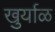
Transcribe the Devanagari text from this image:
खुर्याळ